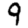
Digit: 9